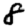
Digit: 8